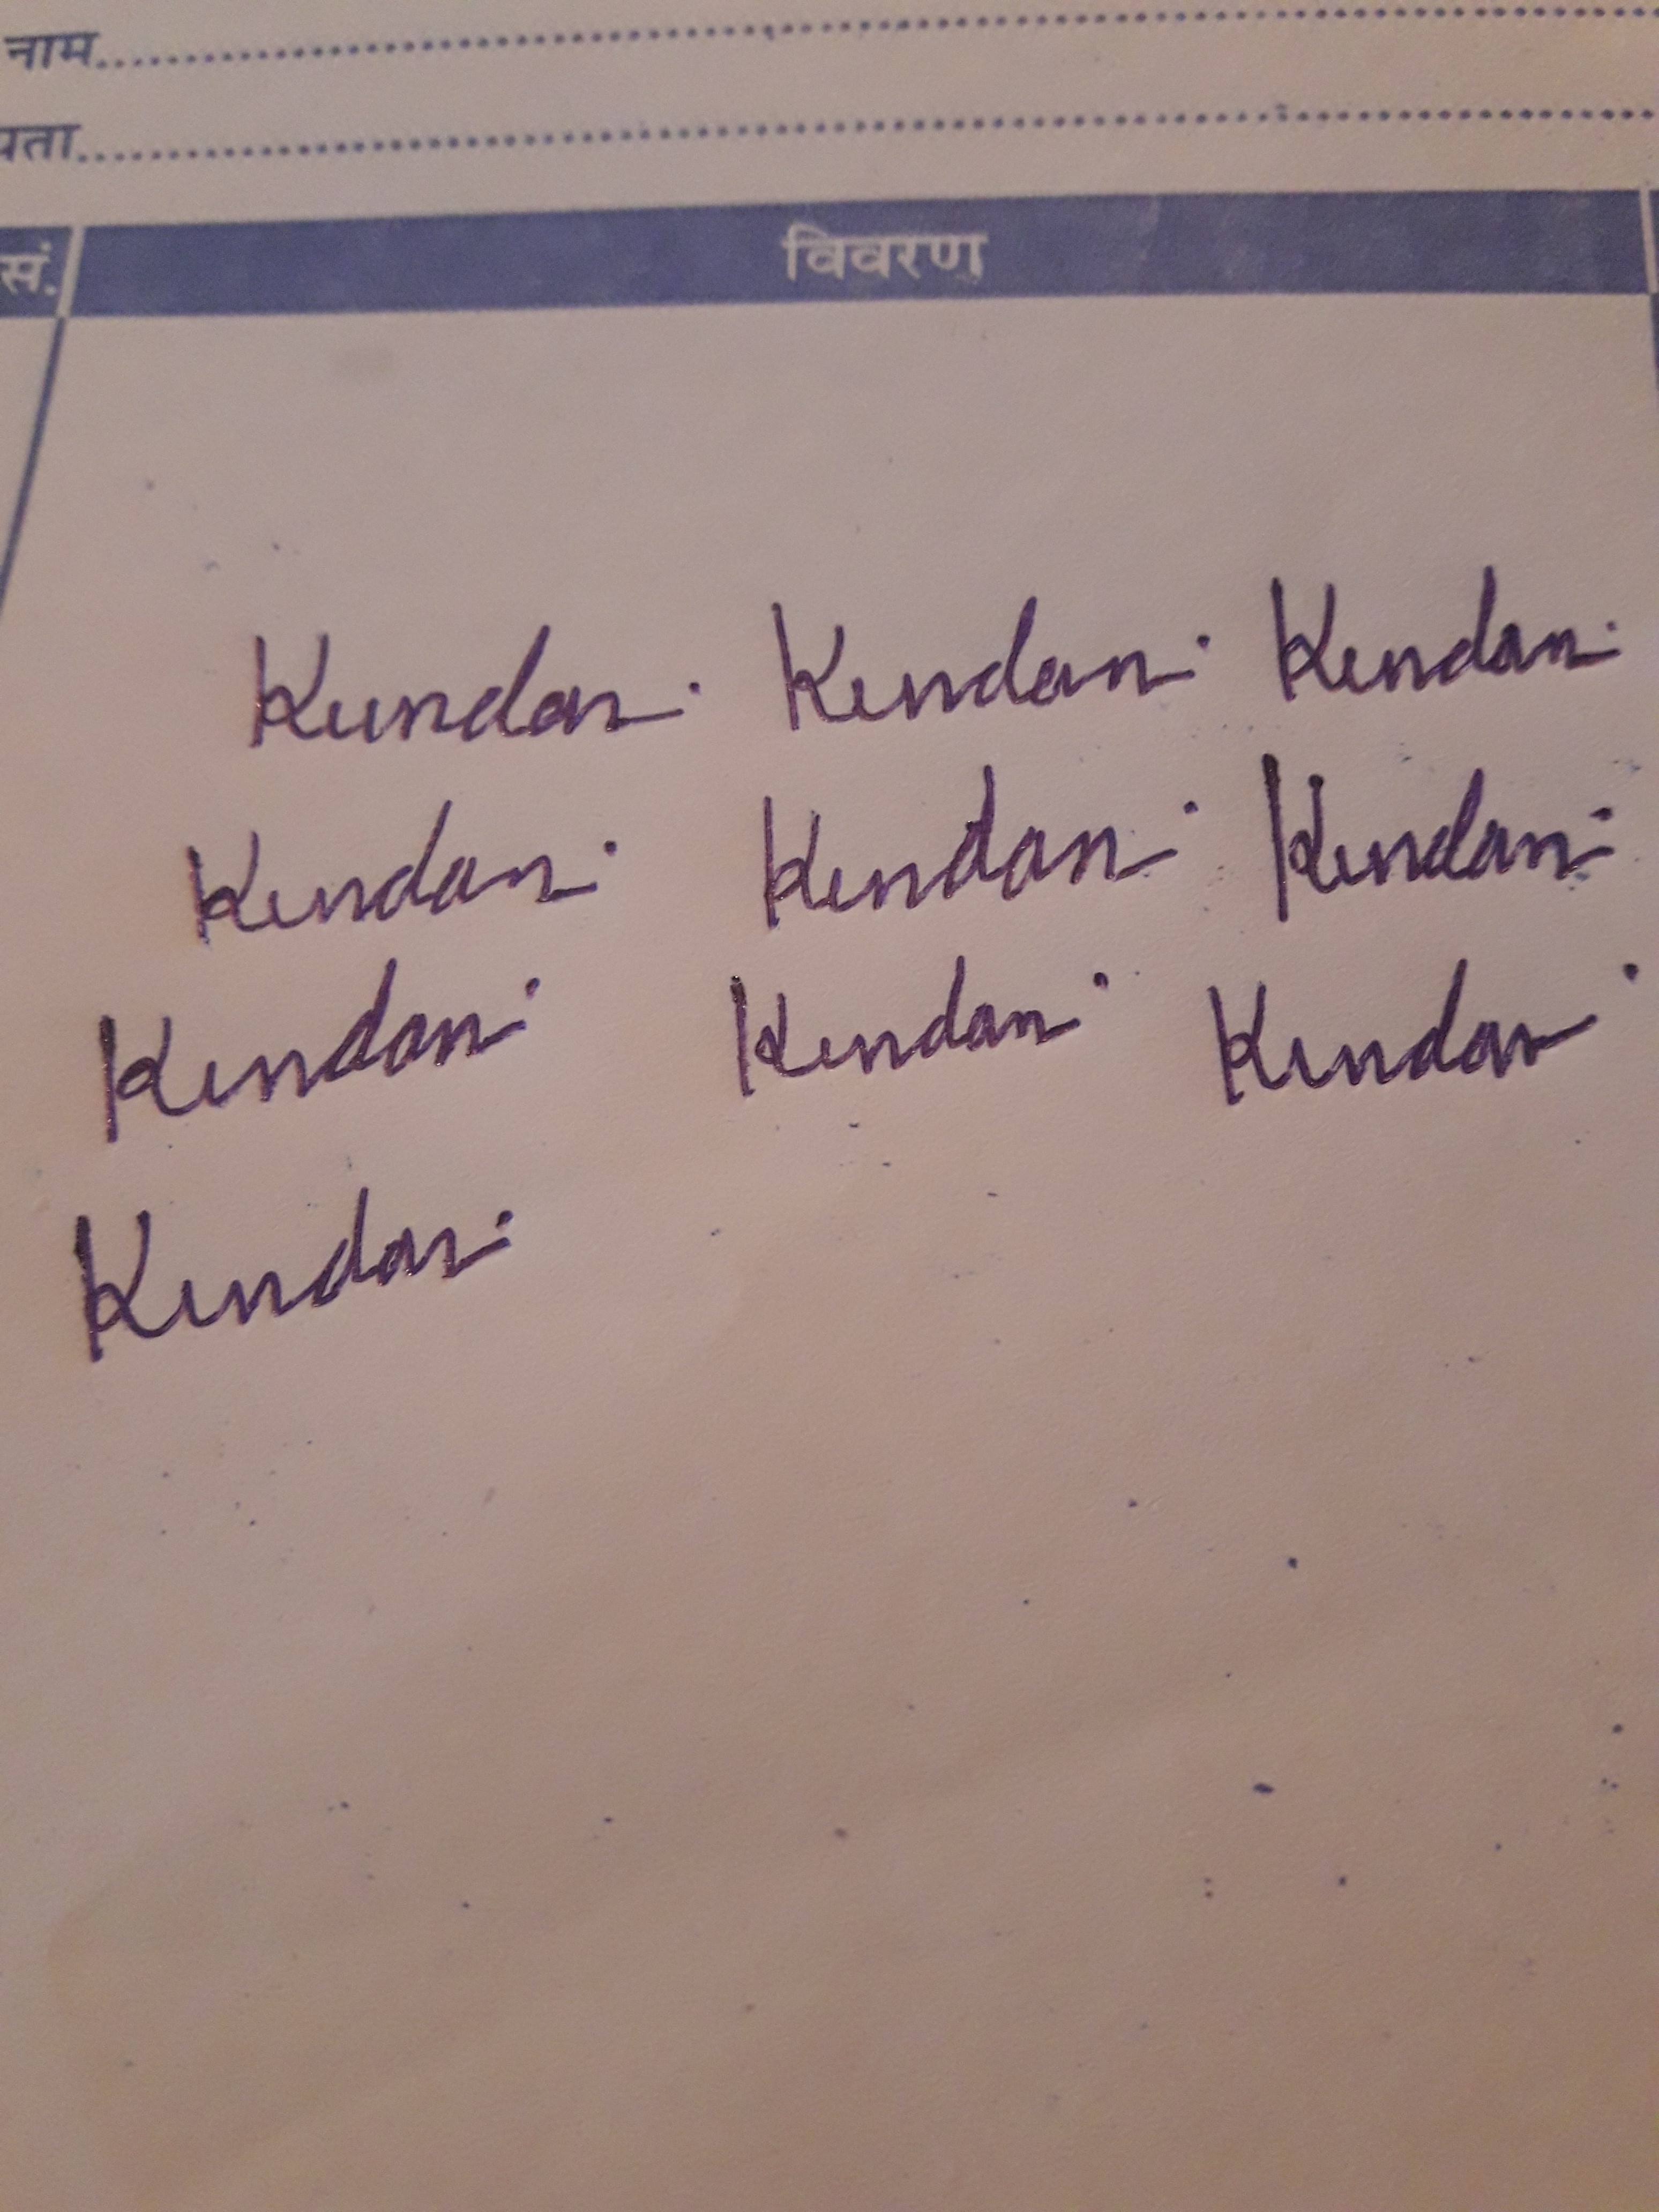
Signature authenticity: genuine